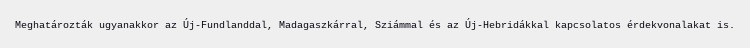
Meghatározták ugyanakkor az Új-Fundlanddal, Madagaszkárral, Sziámmal és az Új-Hebridákkal kapcsolatos érdekvonalakat is.